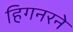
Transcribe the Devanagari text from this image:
हिगनरने